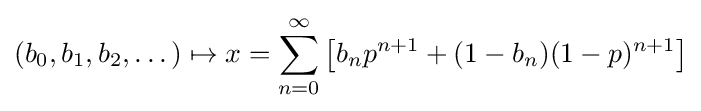
(b_{0},b_{1},b_{2},\dots )\mapsto x=\sum _{n=0}^{\infty }\left[b_{n}p^{n+1}+(1-b_{n})(1-p)^{n+1}\right]